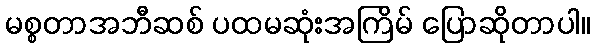
မစ္စတာအဘီဆစ် ပထမဆုံးအကြိမ် ပြောဆိုတာပါ။